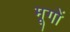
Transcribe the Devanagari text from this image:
मूगों